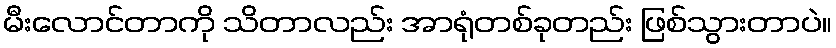
မီးလောင်တာကို သိတာလည်း အာရုံတစ်ခုတည်း ဖြစ်သွားတာပဲ။